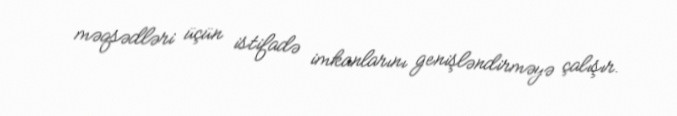
məqsədləri üçün istifadə imkanlarını genişləndirməyə çalışır.